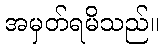
အမှတ်ရမိသည်။